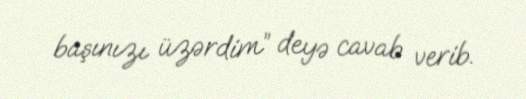
başınızı üzərdim” deyə cavab verib.